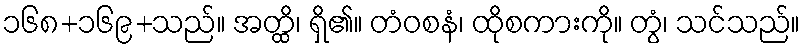
၁၆၈+၁၆၉+သည်။ အတ္ထိ၊ ရှိ၏။ တံဝစနံ၊ ထိုစကားကို။ တွံ၊ သင်သည်။